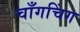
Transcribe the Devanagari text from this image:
चाँगचिंग